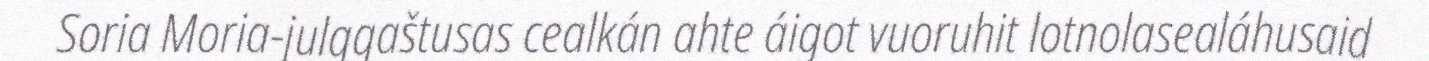
Soria Moria-julggaštusas cealkán ahte áigot vuoruhit lotnolasealáhusaid